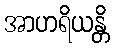
အာဟရိယန္တိ